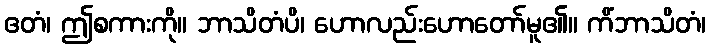
ဧတံ၊ ဤစကားကို။ ဘာသိတံပိ၊ ဟောလည်းဟောတော်မူ၏။ ကိံဘာသိတံ၊